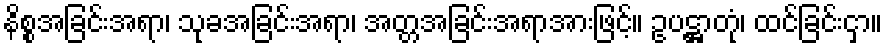
နိစ္စအခြင်းအရာ၊ သုခအခြင်းအရာ၊ အတ္တအခြင်းအရာအားဖြင့်။ ဥပဋ္ဌာတုံ၊ ထင်ခြင်းငှာ။